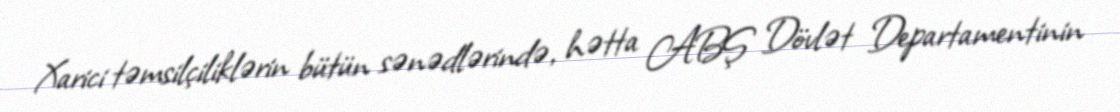
Xarici təmsilçiliklərin bütün sənədlərində, hətta ABŞ Dövlət Departamentinin